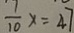
\frac { 1 } { 1 0 } x = 4 7